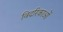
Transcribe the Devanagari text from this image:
विदरिकाओं